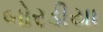
બોરડીયા